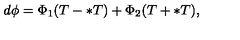
d \phi = \Phi _ { 1 } ( T - \ast T ) + \Phi _ { 2 } ( T + \ast T ) ,